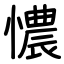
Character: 憹